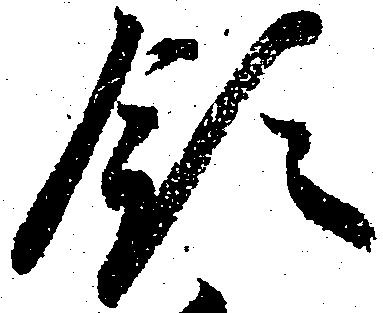
領